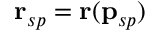
\mathbf { r } _ { s p } = \mathbf { r } ( \mathbf { p } _ { s p } )